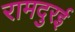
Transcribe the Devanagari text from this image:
रामदुरई